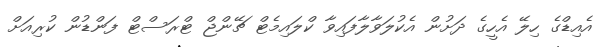
އެއިޑްގެ ހިލޭ އެހީގެ ދަށުން އެކުލަވާލާފައިވާ ކްލައިމެޓް ޗޭންޖް ޓްރަސްޓް ފަންޑުން ކުރިއަށް